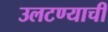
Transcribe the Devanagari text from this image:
उलटण्याची